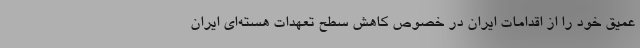
عمیق خود را از اقدامات ایران در خصوص کاهش سطح تعهدات هسته‌ای ایران